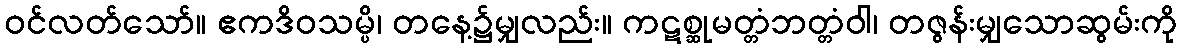
ဝင်လတ်သော်။ ဧကဒိဝသမ္ပိ၊ တနေ့၌မျှလည်း။ ကဋစ္ဆုမတ္တံဘတ္တံဝါ၊ တဇွန်းမျှသောဆွမ်းကို